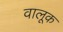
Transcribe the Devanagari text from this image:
वालूक